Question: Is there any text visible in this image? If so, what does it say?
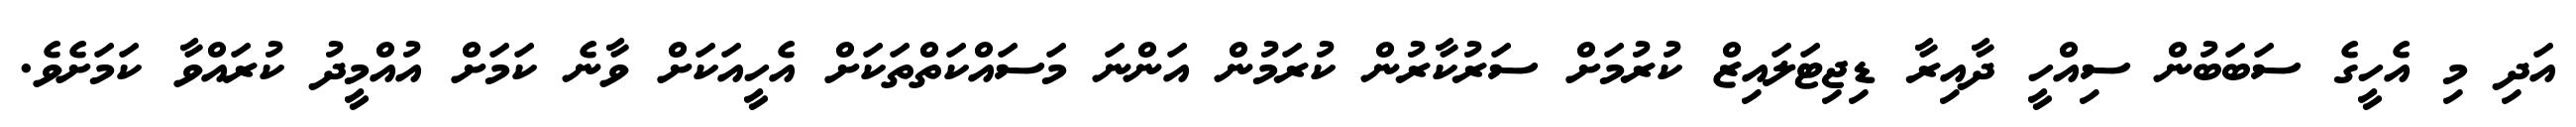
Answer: އަދި މި އެހީގެ ސަބަބުން ސިއްހީ ދާއިރާ ޑިޖިޓަލައިޒް ކުރުމަށް ސަރުކާރުން ކުރަމުން އަންނަ މަސައްކަތްތަކަށް އެހީއަކަށް ވާނެ ކަމަށް އުއްމީދު ކުރައްވާ ކަމަށެވެ.